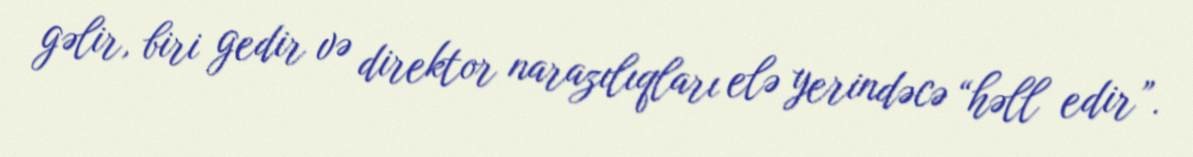
gəlir, biri gedir və direktor narazılıqları elə yerindəcə “həll edir”.